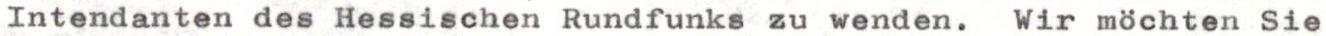
Intendanten des Hessischen Rundfunks zu wenden. Wir möchten Sie